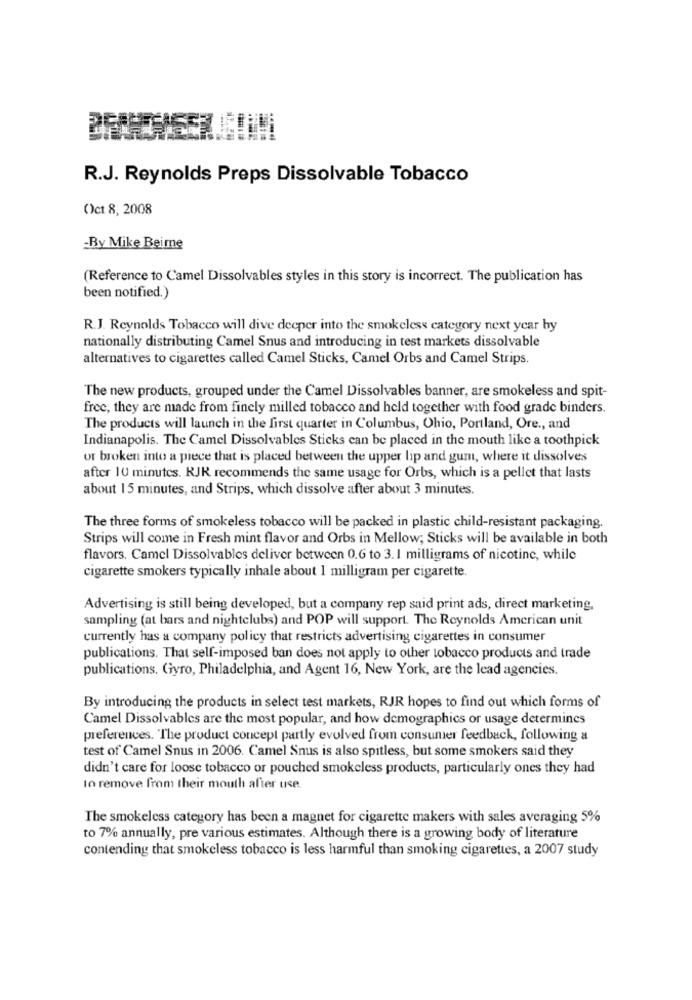
R.J. Reynolds Preps Dissolvable Tobacco
Oct 8, 2008
-By Mike Beimne
(Reference to Camel Dissolvables styles in this story is incorrect. The publication has
been notified.)
R.J. Reynolds Tobacco will dive deeper into the smokeless category next year by
nationally distributing Camel Snus and introducing in test markets dissolvable
alternatives to cigarettes called Camel Sticks, Camel Orbs and Camel Strips.
The new products, grouped under the Camel Dissolvables banner, are smokeless and spit-
free; they are made from finely milled tobacco and held together with food grade binders.
The products will launch in the first quarter in Columbus, Ohio, Portland, Ore ., and
Indianapolis. The Camel Dissolvables Sticks can be placed in the mouth like a toothpick
or broken into a piece that is placed between the upper lip and gunt, where it dissolves
after 10 minutes. RJK recommends the same usage for Orbs, which is a pellet that lasts
about 15 minutes, and Strips, which dissolve after about 3 minutes.
The three forms of smokeless tobacco will be packed in plastic child-resistant packaging.
Strips will come in Fresh mint flavor and Orbs in Mellow; Sticks will be available in both
flavors. Camel Dissolvables deliver between 0.6 to 3.1 milligrams of nicotine, while
cigarette smokers typically inhale about 1 milligram per cigarette.
Advertising is still being developed, but a company rep said print ads, direct marketing,
sampling (at bars and nightclubs) and POP will support. The Reynolds American unit
currently has a company policy that restricts advertising cigarettes in consumer
publications. That self-imposed ban does not apply to other tobacco products and trade
publications. Gyro, Philadelphia, and Agent 16, New York, are the lead agencies.
By introducing the products in select test markets, RJR hopes to find out which forms of
Camel Dissolvables are the most popular, and how demographics or usage determines
preferences. The product concept partly evolved from consumer feedback, following a
test of Camel Snus in 2006. Camel Snus is also spitless, but some smokers said they
didn't care for loose tobacco or pouched smokeless products, particularly ones they had
10 remove from their mouth after use
The smokeless category has been a magnet for cigarette makers with sales averaging 5%
to 7% annually, pre various estimates. Although there is a growing body of literature
contending that smokeless tobacco is less harmful than smoking cigarettes, a 2007 study